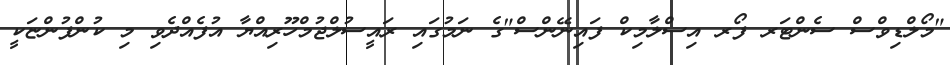
"މޯލްޑިވްސް ސެންޓަރ ފޯރ އިސްލާމިކް ފައިނޭންސް"ގެ ނަމުގައި ރައީސުލްޖުމްހޫރިއްޔާ އުފެއްދެވި މި ކުންފުންޏަކީ